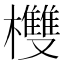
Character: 欆